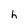
Character: h